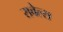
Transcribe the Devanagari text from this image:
रावेल्स